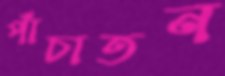
পাঁচাতন